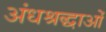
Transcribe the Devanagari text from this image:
अंधश्रद्धाओं